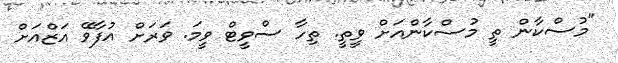
"މުސްކާން ތީ މުސްކާންއަށް ވީތީ. ތިހާ ސްވީޓް ވީމަ. ވަރަށް އުފާވޭ އަޒްއަށް